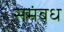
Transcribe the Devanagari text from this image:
समंबध